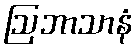
ဩဘာသာနံ